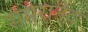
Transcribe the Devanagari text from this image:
समरानंद